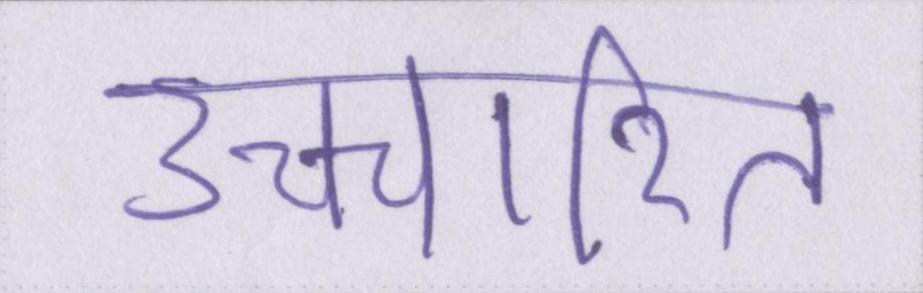
उच्चारित